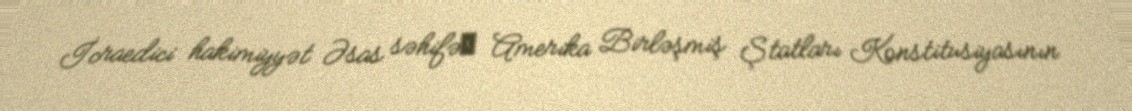
İcraedici hakimiyyət Əsas səhifəː Amerika Birləşmiş Ştatları Konstitusiyasının